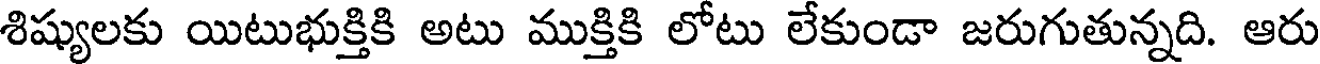
శిష్యులకు యిటుభుక్తికి అటు ముక్తికి లోటు లేకుండా జరుగుతున్నది. ఆరు